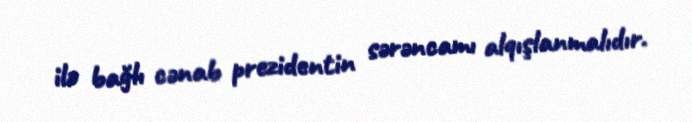
ilə bağlı cənab prezidentin sərəncamı alqışlanmalıdır.